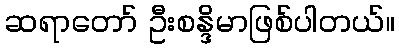
ဆရာတော် ဦးစန္ဒိမာဖြစ်ပါတယ်။